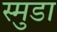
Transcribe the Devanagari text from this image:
स्मुडा